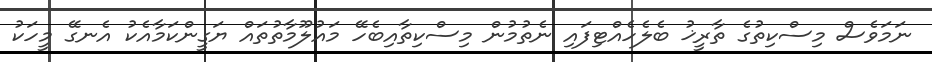
ނަމަވެސް މިސްކިތުގެ ތާރީޚު ބެލެހެއްޓިފައި ނެތުމުން މިސްކިތާއިބެހޭ މައުލޫމާތުތައް ޔަގީންކަމާއެކު އެނގޭ މީހަކު